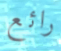
رائع